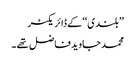
’’بلندی‘‘کے ڈائریکٹر
محمد جاوید فاضل تھے ۔